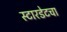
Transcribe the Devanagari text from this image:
स्टारडेटचा